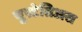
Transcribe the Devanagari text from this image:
युस्टेतिअस